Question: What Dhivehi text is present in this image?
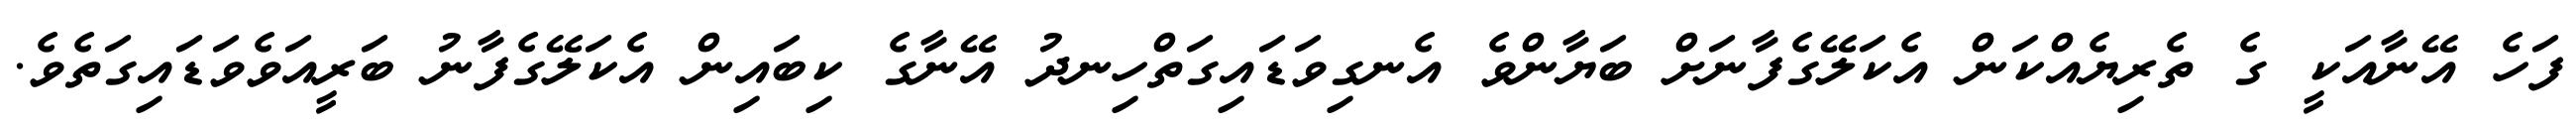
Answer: ފަހެ އޭނާއަކީ ގެ ތެރިޔެއްކަން އެކަލޭގެފާނަށް ބަޔާންވެ އެނގިވަޑައިގަތްހިނދު އޭނާގެ ކިބައިން އެކަލޭގެފާނު ބަރީއަވެވަޑައިގަތެވެ.